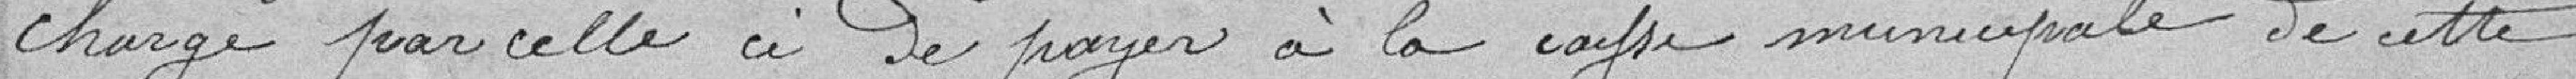
charge par celle-ci de payer à la caisse municipale de cette